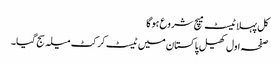
کل پہلا ٹیسٹ میچ شروع ہوگا
صفحہ اول کھیل پاکستان میں ٹیسٹ کرکٹ میلہ سج گیا۔